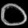
Digit: ၀